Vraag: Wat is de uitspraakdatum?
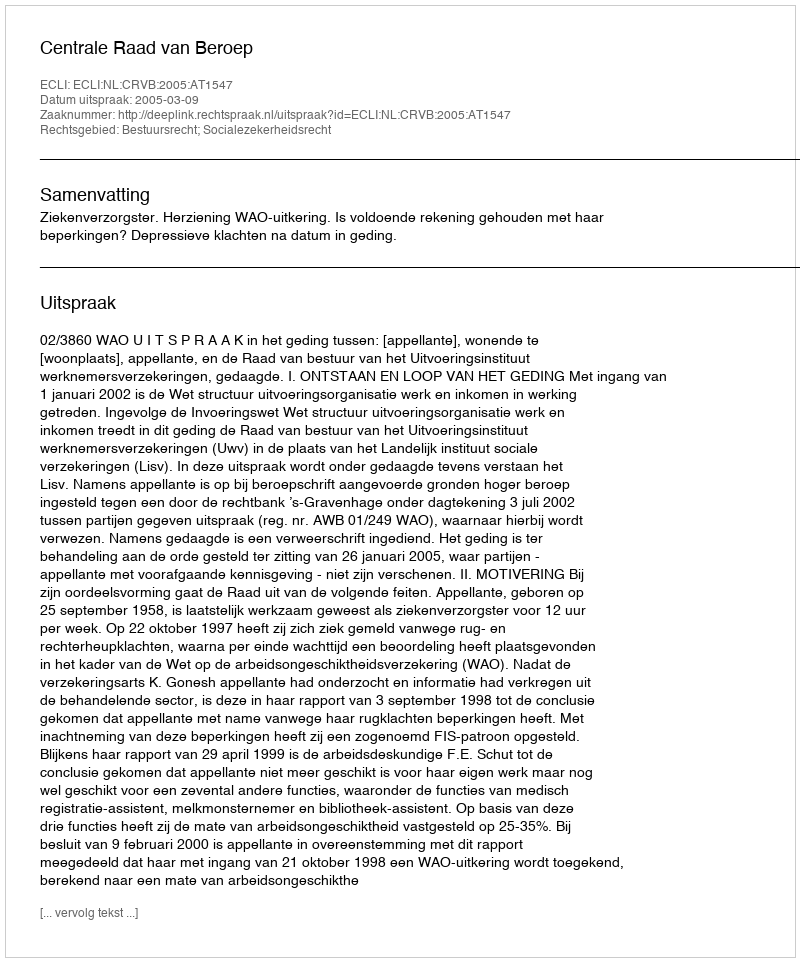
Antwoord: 2005-03-09